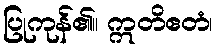
ပြုကုန်၏။ ဣတိဧတံ၊